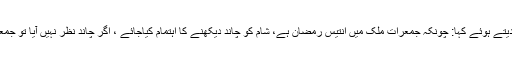
صدر دارالعلوم زاہدان نے رویت ہلال کے مسئلے پر رائے دیتے ہوئے کہا: چونکہ جمعرات ملک میں انتیس رمضان ہے، شام کو چاند دیکھنے کا اہتمام کیاجائے ، اگر چاند نظر نہیں آیا تو جمعہ تیس رمضان ہوگا اور ہفتے کے دن شوال کا پہلا دن ہوگا۔